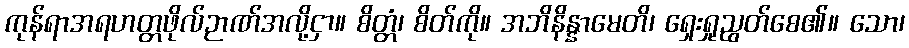
ကုန်ရာအရဟတ္တဖိုလ်ဉာဏ်အလို့ငှာ။ စိတ္တံ၊ စိတ်ကို။ အဘိနိန္နာမေတိ၊ ရှေးရှုညွတ်စေ၏။ သော၊